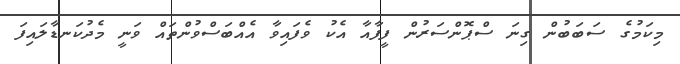
މިކަމުގެ ސަބަބުން ގިނަ ސްޕޮންސަރުން ފީފާއާ އެކު ވެފައިވާ އެއްބަސްވުންތައް ވަނީ މެދުކަނޑާލައިފަ